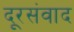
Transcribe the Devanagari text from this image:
दूरसंवाद